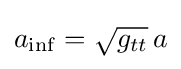
a_{\inf }={\sqrt {g_{tt}}}\,a